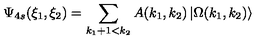
\Psi _ { 4 s } ( \xi _ { 1 } , \xi _ { 2 } ) = \sum _ { k _ { 1 } + 1 < k _ { 2 } } A ( k _ { 1 } , k _ { 2 } ) \left| \Omega ( k _ { 1 } , k _ { 2 } ) \right\rangle